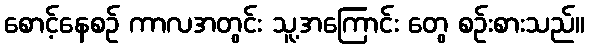
စောင့်နေစဉ် ကာလအတွင်း သူ့အကြောင်း တွေ စဉ်းစားသည်။